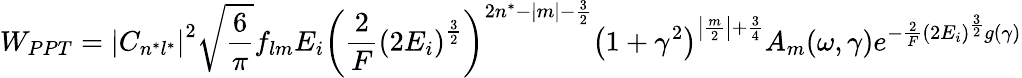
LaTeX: W_{PPT}=\left|C_{n^{*}l^{*}}\right|^{2}{\sqrt{\frac{6}{\pi}}}f_{lm}E_{i}\left({\frac{2}{F}}\left(2E_{i}\right)^{\frac{3}{2}}\right)^{2n^{*}-|m|-{\frac{3}{2}}}\left(1+\gamma^{2}\right)^{\left|{\frac{m}{2}}\right|+{\frac{3}{4}}}A_{m}(\omega,\gamma)e^{-{\frac{2}{F}}\left(2E_{i}\right)^{\frac{3}{2}}g\left(\gamma\right)}